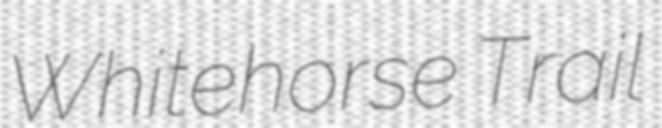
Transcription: Whitehorse Trail